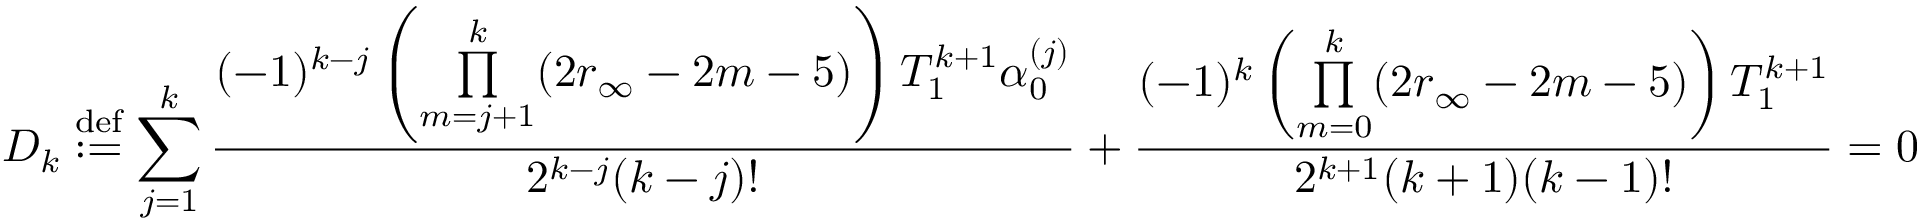
D _ { k } \overset { \mathrm { d e f } } { : = } \sum _ { j = 1 } ^ { k } \frac { ( - 1 ) ^ { k - j } \left( \underset { m = j + 1 } { \overset { k } { \prod } } ( 2 r _ { \infty } - 2 m - 5 ) \right) T _ { 1 } ^ { k + 1 } \alpha _ { 0 } ^ { ( j ) } } { 2 ^ { k - j } ( k - j ) ! } + \frac { ( - 1 ) ^ { k } \left( \underset { m = 0 } { \overset { k } { \prod } } ( 2 r _ { \infty } - 2 m - 5 ) \right) T _ { 1 } ^ { k + 1 } } { 2 ^ { k + 1 } ( k + 1 ) ( k - 1 ) ! } = 0